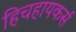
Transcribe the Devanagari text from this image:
हिचहायकर्स